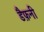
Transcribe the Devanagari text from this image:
डैफ़नी